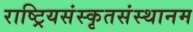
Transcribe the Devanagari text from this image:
राष्ट्रियसंस्कृतसंस्थानम